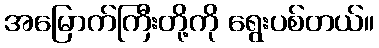
အမြောက်ကြီးတို့ကို ရွေးပစ်တယ်။